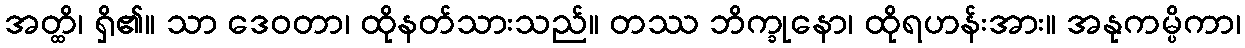
အတ္ထိ၊ ရှိ၏။ သာ ဒေဝတာ၊ ထိုနတ်သားသည်။ တဿ ဘိက္ခုနော၊ ထိုရဟန်းအား။ အနုကမ္ပိကာ၊